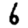
Digit: 6